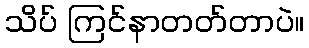
သိပ် ကြင်နာတတ်တာပဲ။